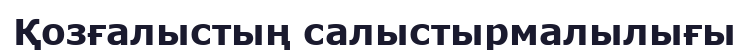
Қозғалыстың салыстырмалылығы